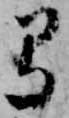
弓